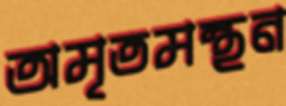
অমৃতমন্থন